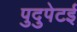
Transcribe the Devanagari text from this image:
पुदुपेटई